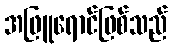
အဖြူရောင်ဖြစ်သည်